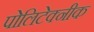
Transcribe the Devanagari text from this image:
पोलिटेक्नीक